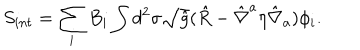
LaTeX: S _ { i n t } = \sum _ { i } B _ { i } \int d ^ { 2 } \sigma \sqrt { \hat { g } } ( \hat { R } - { \hat { \nabla } } ^ { a } \eta { \hat { \nabla } } _ { a } ) \phi _ { i } .